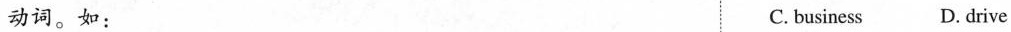
动词.如: C. business D. drive